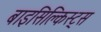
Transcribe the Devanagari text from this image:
बाइसिक्लिस्ट्स